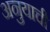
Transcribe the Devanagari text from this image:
अनुयाची